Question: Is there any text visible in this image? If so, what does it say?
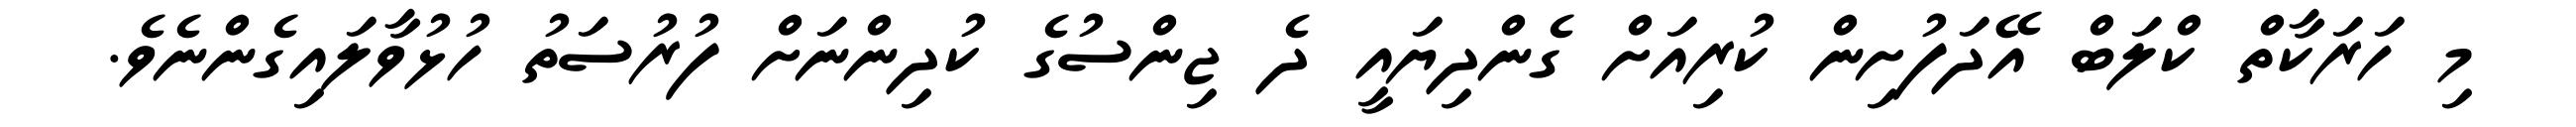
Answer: މި ހަރަކާތް ކްލަބް އޭދަފުށިން ކުރިއަށް ގެންދިޔައީ ދެ ޖިންސުގެ ކުދިންނަށް ފުރުސަތު ހުޅުވާލައިގެންނެވެ.